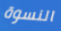
النسوة